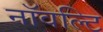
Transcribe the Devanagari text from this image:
नॉवल्टि